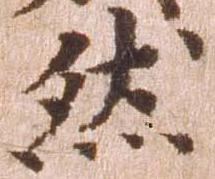
然